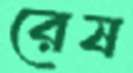
রেষ